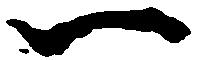
一